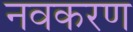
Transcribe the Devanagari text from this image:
नवकरण